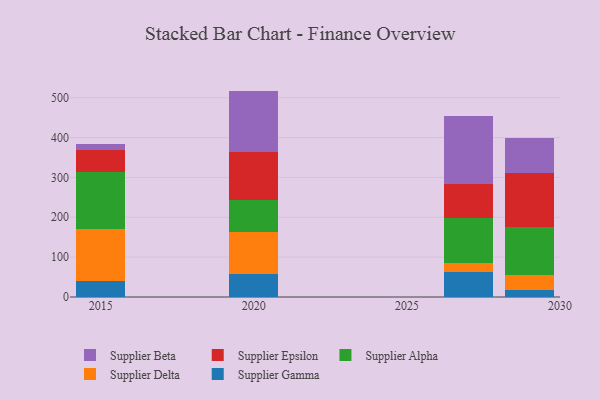
{"axis": {"x": "Year", "y": "Backlog"}, "legend": ["Supplier Alpha", "Supplier Beta", "Supplier Delta", "Supplier Epsilon", "Supplier Gamma"], "data": [{"x": "2029", "y": 17.5, "type": "Supplier Gamma"}, {"x": "2029", "y": 36.5, "type": "Supplier Delta"}, {"x": "2029", "y": 120.5, "type": "Supplier Alpha"}, {"x": "2029", "y": 137.1, "type": "Supplier Epsilon"}, {"x": "2029", "y": 88.1, "type": "Supplier Beta"}, {"x": "2027", "y": 62.1, "type": "Supplier Gamma"}, {"x": "2027", "y": 23.2, "type": "Supplier Delta"}, {"x": "2027", "y": 112.7, "type": "Supplier Alpha"}, {"x": "2027", "y": 84.8, "type": "Supplier Epsilon"}, {"x": "2027", "y": 172.1, "type": "Supplier Beta"}, {"x": "2020", "y": 57.3, "type": "Supplier Gamma"}, {"x": "2020", "y": 104.9, "type": "Supplier Delta"}, {"x": "2020", "y": 82.1, "type": "Supplier Alpha"}, {"x": "2020", "y": 120.6, "type": "Supplier Epsilon"}, {"x": "2020", "y": 152.3, "type": "Supplier Beta"}, {"x": "2015", "y": 39.3, "type": "Supplier Gamma"}, {"x": "2015", "y": 131.6, "type": "Supplier Delta"}, {"x": "2015", "y": 142.6, "type": "Supplier Alpha"}, {"x": "2015", "y": 55.9, "type": "Supplier Epsilon"}, {"x": "2015", "y": 15.5, "type": "Supplier Beta"}]}